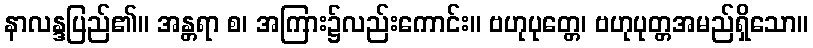
နာလန္ဒပြည်၏။ အန္တရာ စ၊ အကြား၌လည်းကောင်း။ ဗဟုပုတ္တေ၊ ဗဟုပုတ္တအမည်ရှိသော။